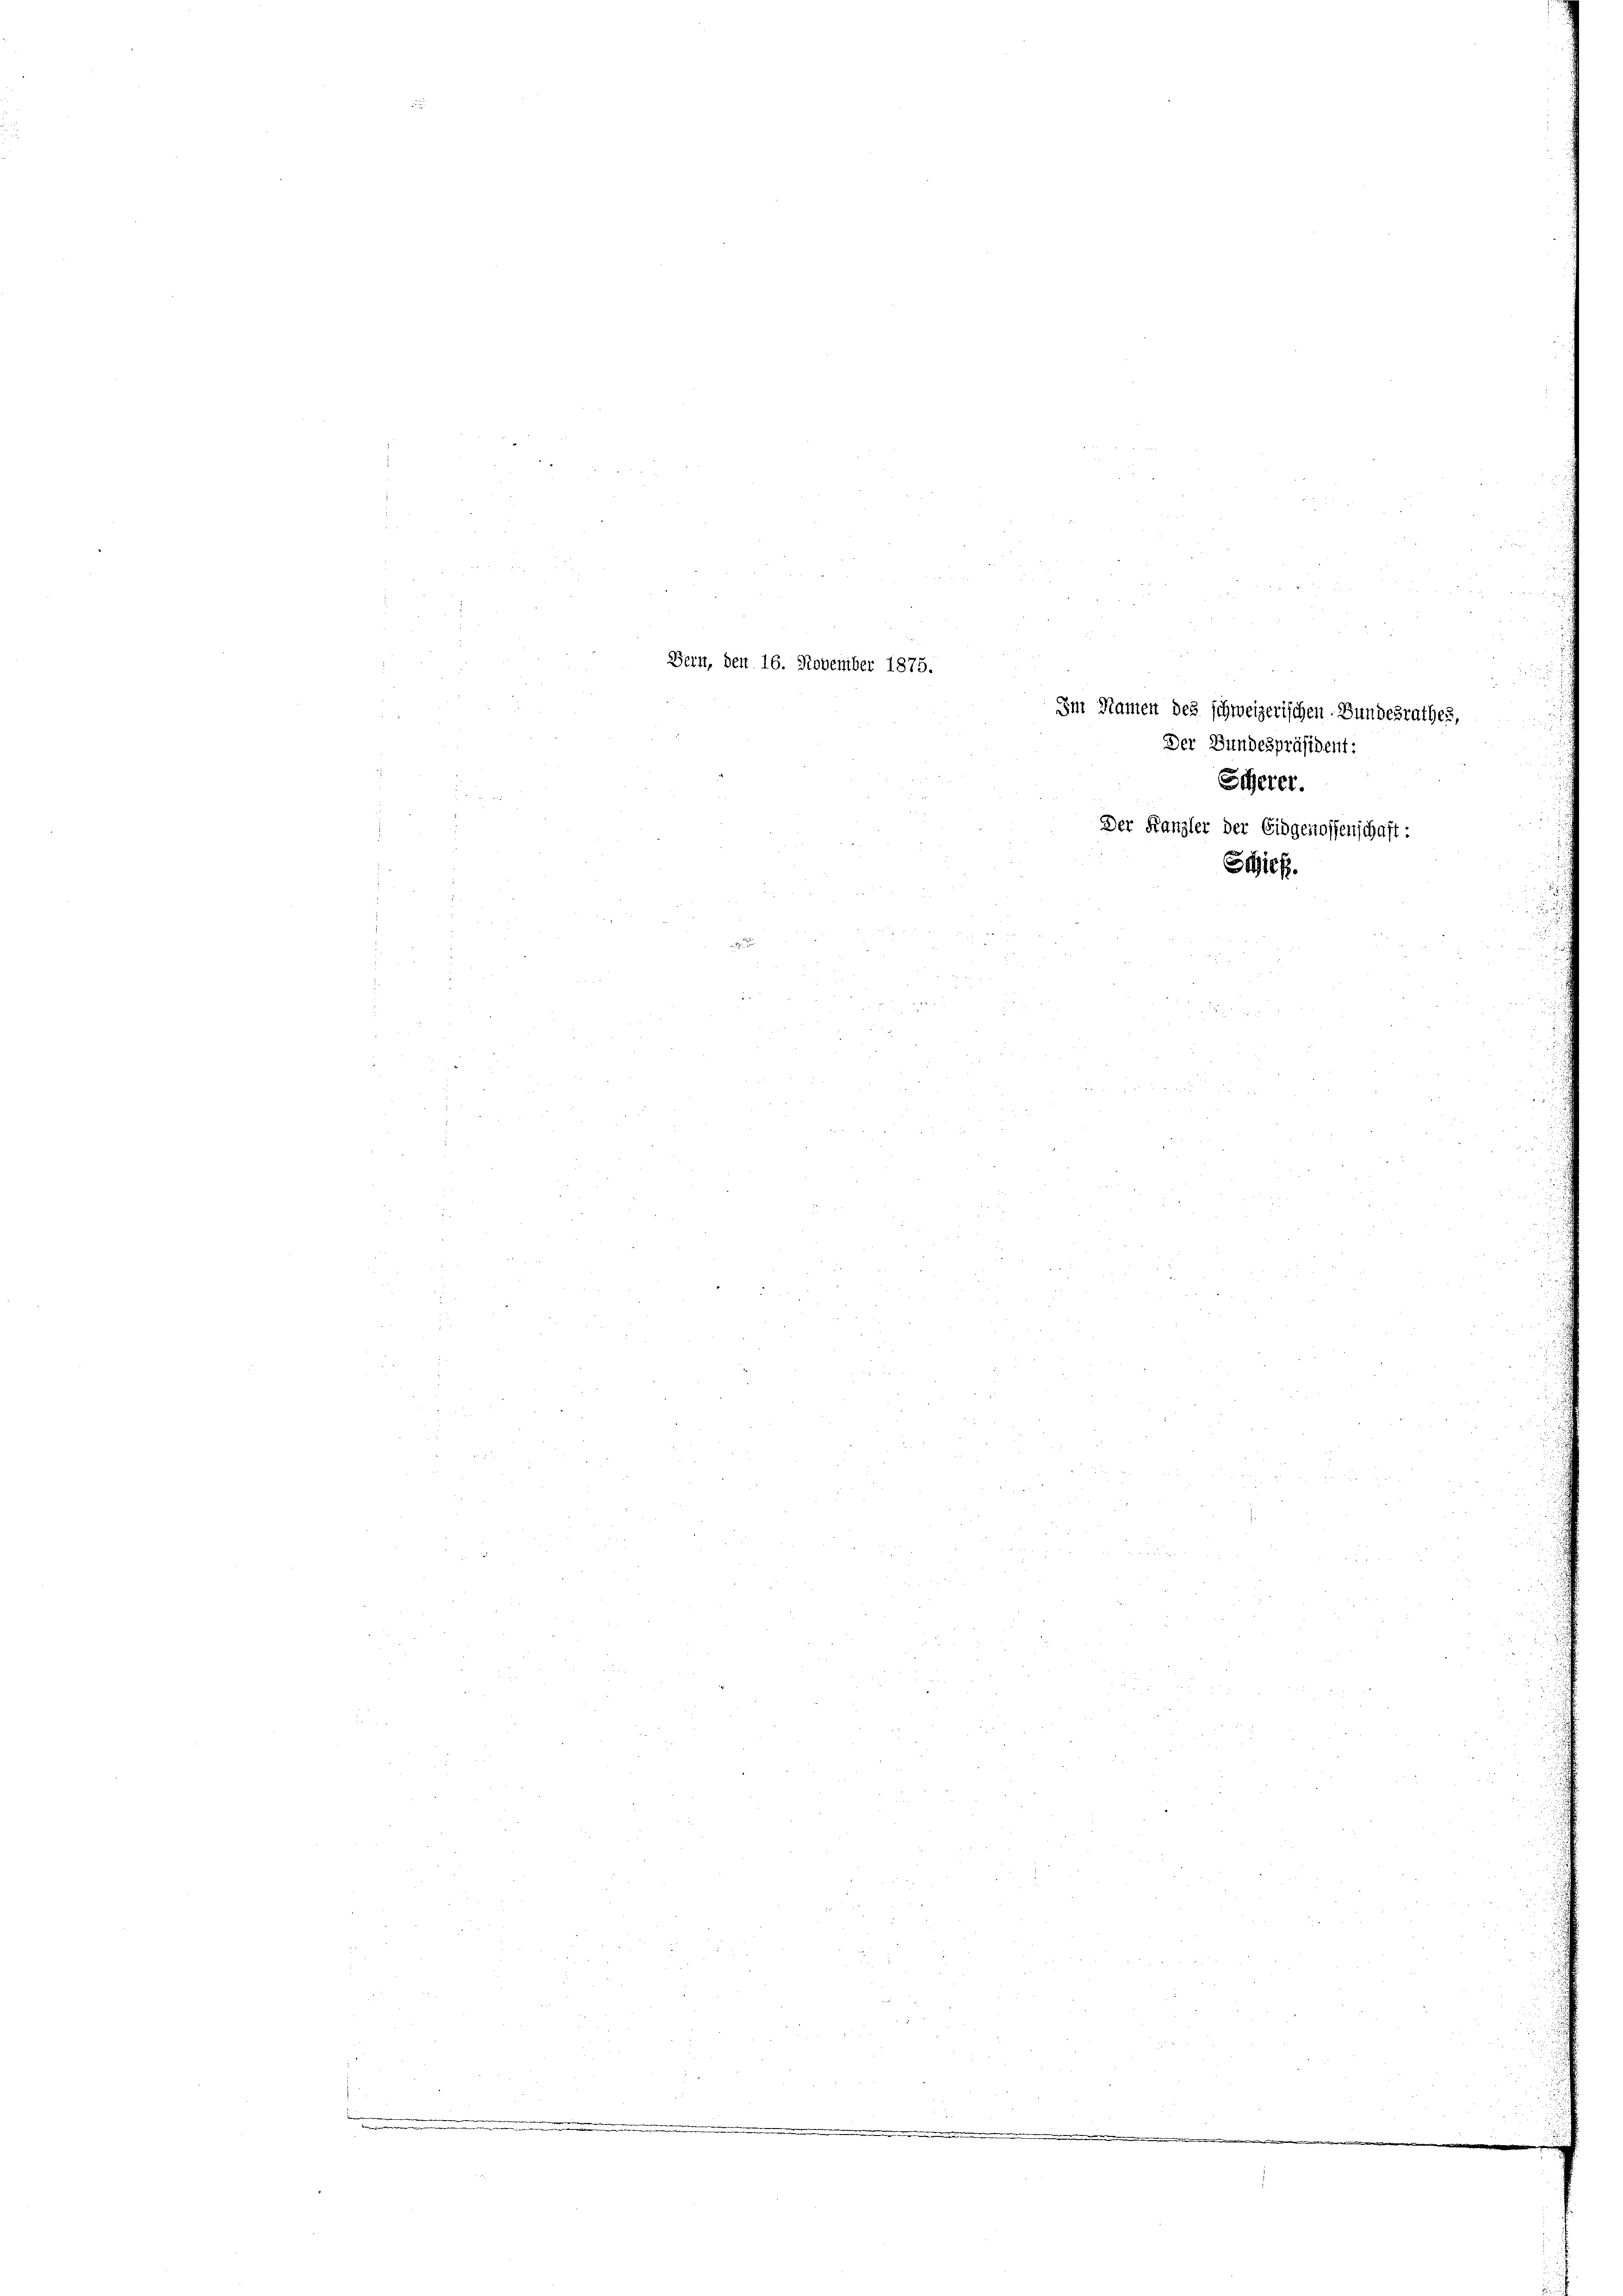
Bern, den 16. November 1875.

Im Namen des schweizerischen Bundesrathes,
Der Bundespräsident:
Scherer.
Der Kanzler der Eidgenossenschaft:
Schief